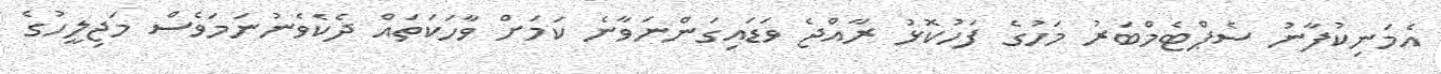
އެމަނިކުފާނު ސެޕްޓެމްބަރު މަހުގެ ފަހުކޮޅު ރާއްޖެ ވަޑައިގަންނަވާނެ ކަމަށް ވާހަކަތައް ދެކެވެނުނަމަވެސް މަޖިލީހުގެ